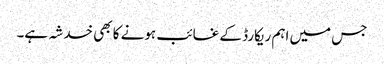
جس میں اہم ریکارڈ کے غائب ہونے کا بھی خدشہ ہے۔